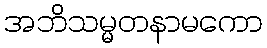
အဘိသမ္မတနာမကော